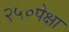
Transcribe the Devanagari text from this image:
२५०पेक्षा